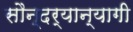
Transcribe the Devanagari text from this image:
सौन्दर्यान्यागी